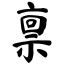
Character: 禀